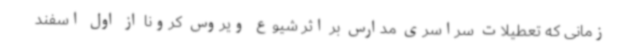
زمانی که تعطیلات سراسری مدارس بر اثر شیوع ویروس کرونا از اول اسفند